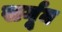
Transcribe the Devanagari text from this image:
सर्गून